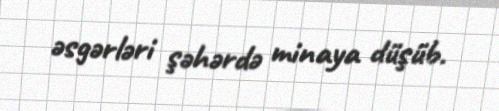
əsgərləri şəhərdə minaya düşüb.